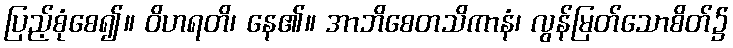
ပြည့်စုံစေ၍။ ဝိဟရတိ၊ နေ၏။ အာဘိစေတသိကာနံ၊ လွန်မြတ်သောစိတ်၌